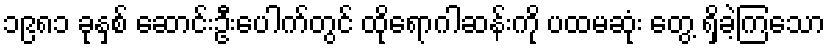
၁၉၈၁ ခုနှစ် ဆောင်းဦးပေါက်တွင် ထိုရောဂါဆန်းကို ပထမဆုံး တွေ့ ရှိခဲ့ကြသော